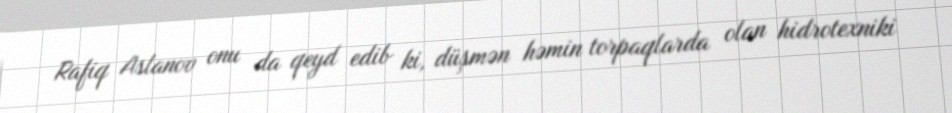
Rafiq Aslanov onu da qeyd edib ki, düşmən həmin torpaqlarda olan hidrotexniki